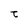
Character: t